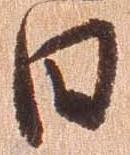
日